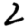
Digit: 2